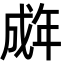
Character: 𫻽